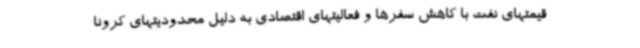
قیمتهای نفت با کاهش سفرها و فعالیتهای اقتصادی به دلیل محدودیتهای کرونا